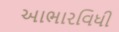
આભારવિધી